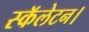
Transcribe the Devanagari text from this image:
स्कॅलेटन।